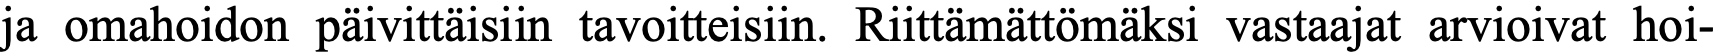
ja omahoidon päivittäisiin tavoitteisiin. Riittämättömäksi vastaajat arvioivat hoi-